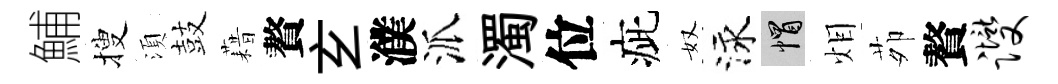
鯆搜湏鼓藉贅𤣥濮派濁位疵奴泳帽𤇆茆贅躞